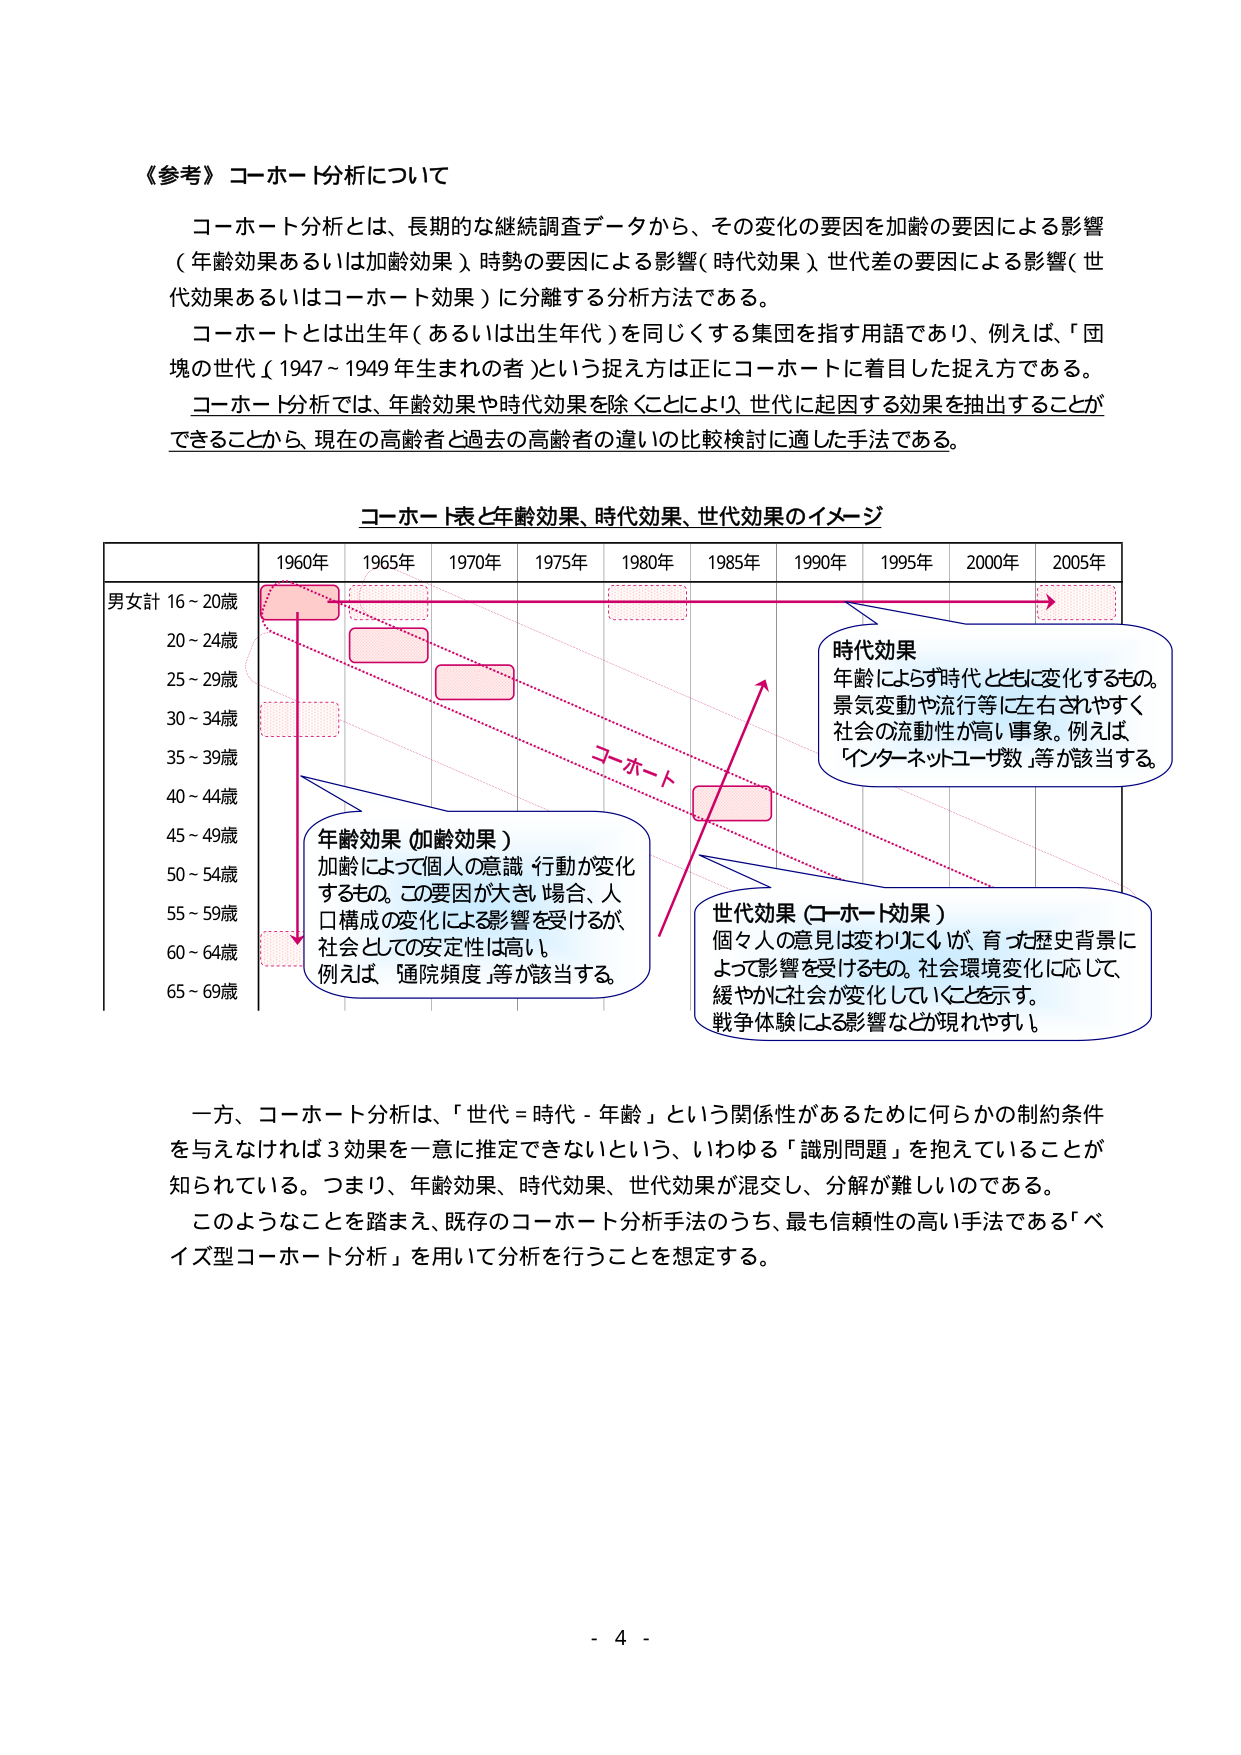
《参考》コホート分析について

コホート分析とは、長期的な継続調査データから、その変化の要因を加齢の要因による影響（年齢効果あるいは加齢効果）、時勢の要因による影響（時代効果）、世代差の要因による影響（世代効果あるいはコホート効果）に分離する分析方法である。

コホートとは出生年（あるいは出生年代）を同じくする集団を指す用語であり、例えば、「団塊の世代（1947～1949年生まれの者）」という捉え方は正にコホートに着目した捉え方である。

コホート分析では、年齢効果や時代効果を除くことにより、世代に起因する効果を抽出することができるから、現在の高齢者と過去の高齢者の違いの比較検討に適した手法である。

コホート表と年齢効果、時代効果、世代効果のイメージ

1960年 1965年 1970年 1975年 1980年 1985年 1990年 1995年 2000年 2005年
男女計 16～20歳
20～24歳
25～29歳
30～34歳
35～39歳
40～44歳
45～49歳
50～54歳
55～59歳
60～64歳
65～69歳

コホート

年齢効果（加齢効果）
加齢によって個人の意識・行動が変化するもの。この要因が大きい場合、人口構成の変化による影響を受けるが、社会としての安定性は高い。例えば、「通院頻度」等が該当する。

時代効果
年齢によらず時代とともに変化するもの。景気変動や流行等に左右されやすく、社会の流動性が高い事象。例えば、「インターネットユーザ数」等が該当する。

世代効果（コホート効果）
個々人の意見は変わりにくいが、育った歴史背景によって影響を受けるもの。社会環境変化に応じて、緩やかに社会が変化していくことを示す。戦争体験による影響などが現れやすい。

一方、コホート分析は、「世代＝時代－年齢」という関係性があるために何らかの制約条件を与えなければ3効果を一意に推定できないという、いわゆる「識別問題」を抱えていることが知られている。つまり、年齢効果、時代効果、世代効果が混交し、分解が難しいのである。

このようなことを踏まえ、既存のコホート分析手法のうち、最も信頼性の高い手法である「ベイズ型コホート分析」を用いて分析を行うことを想定する。

- 4 -